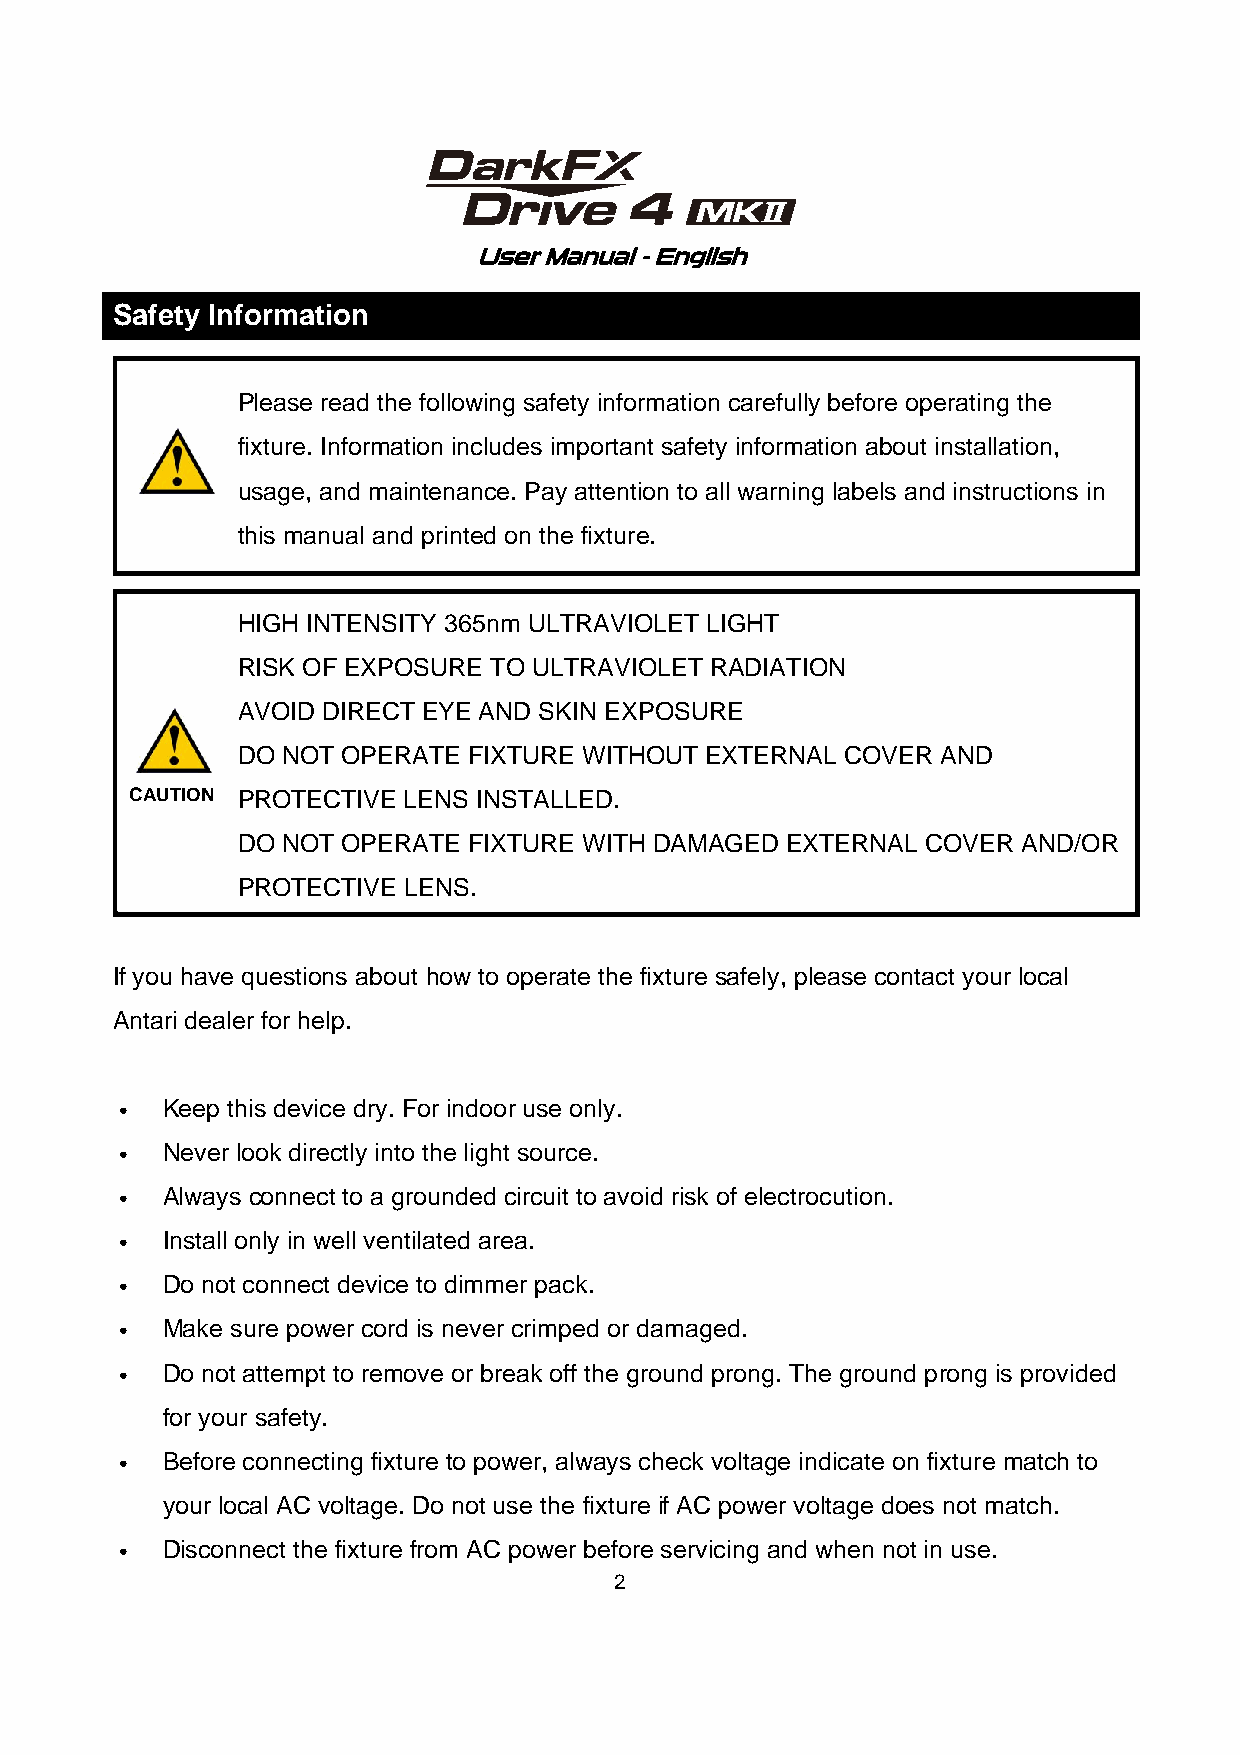
User Manual - English
 Safety Information
 Please read the following safety information carefully before operating the
 fixture. Information includes important safety information about installation,
 usage, and maintenance. Pay attention to all warning labels and instructions in
 this manual and printed on the fixture.
 HIGH INTENSITY 365nm ULTRAVIOLET LIGHT
 RISK OF EXPOSURE TO ULTRAVIOLET RADIATION
 AVOID DIRECT EYE AND SKIN EXPOSURE
 DO NOT OPERATE FIXTURE WITHOUT EXTERNAL COVER AND
 CAUTION PROTECTIVE LENS INSTALLED.
 DO NOT OPERATE FIXTURE WITH DAMAGED EXTERNAL COVER  AND/OR
 PROTECTIVE LENS.
 If you have questions about how to operate the fixture safely, please contact your local
 Antari dealer for help.
 ․   Keep this device dry. For indoor use only.
 ․   Never look directly into the light source.
 ․   Always connect to a grounded circuit to avoid risk of electrocution.
 ․   Install only in well ventilated area.
 ․   Do not connect device to dimmer pack.
 ․   Make sure power cord is never crimped or damaged.
 ․   Do not attempt to remove or break off the ground prong. The ground prong is provided
 for your safety.
 ․   Before connecting fixture to power, always check voltage indicate on fixture match to
 your local AC voltage. Do not use the fixture if AC power voltage does not match.
 ․   Disconnect the fixture from AC power before servicing and when not in use.
 2